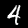
Digit: 4